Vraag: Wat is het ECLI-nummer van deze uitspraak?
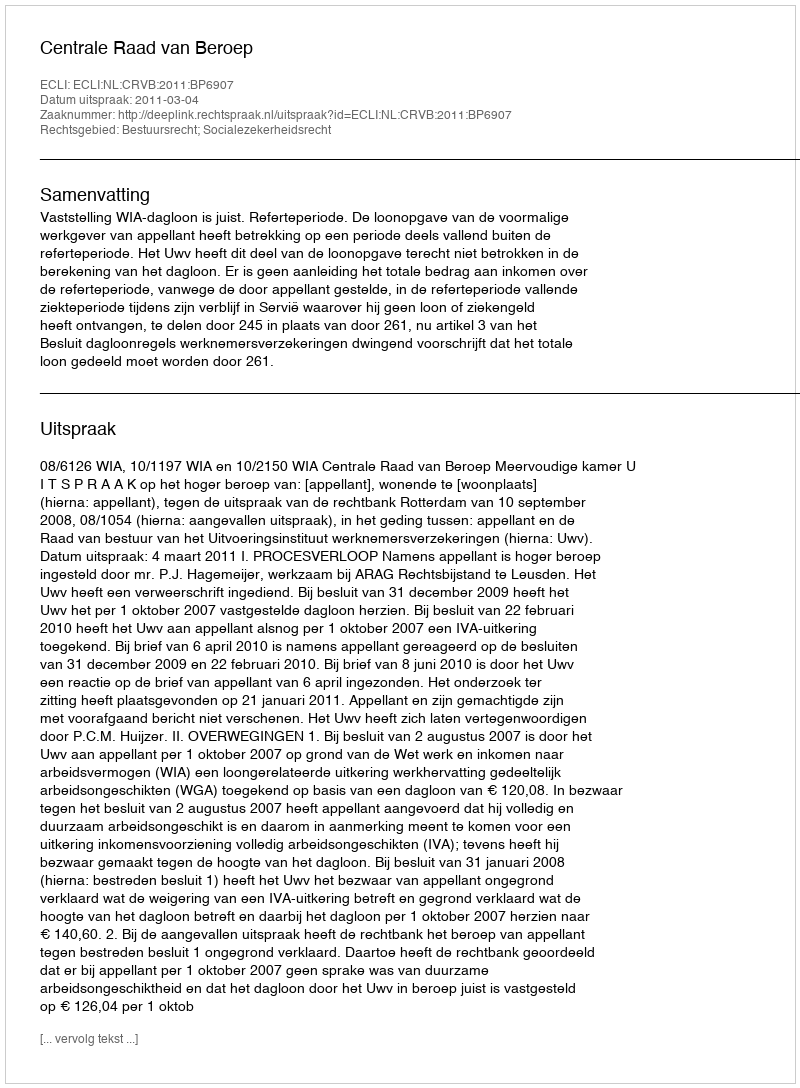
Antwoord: ECLI:NL:CRVB:2011:BP6907